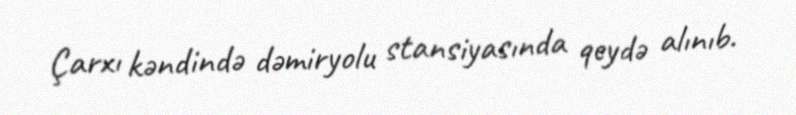
Çarxı kəndində dəmiryolu stansiyasında qeydə alınıb.